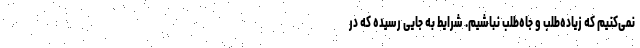
نمی‌کنیم که زیاده‌طلب و جاه‌طلب نباشیم. شرایط به جایی رسیده که در